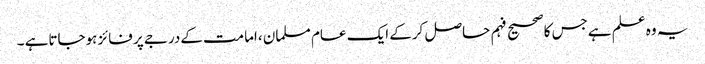
یہ وہ علم ہےجس کاصحیح فہم حاصل کرکے ایک عام مسلمان ،امامت کےدرجے پر فائز ہوجاتاہے ۔